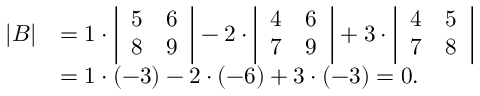
{ \begin{array} { r l } { | B | } & { = 1 \cdot { \left| \begin{array} { l l } { 5 } & { 6 } \\ { 8 } & { 9 } \end{array} \right| } - 2 \cdot { \left| \begin{array} { l l } { 4 } & { 6 } \\ { 7 } & { 9 } \end{array} \right| } + 3 \cdot { \left| \begin{array} { l l } { 4 } & { 5 } \\ { 7 } & { 8 } \end{array} \right| } } \\ & { = 1 \cdot ( - 3 ) - 2 \cdot ( - 6 ) + 3 \cdot ( - 3 ) = 0 . } \end{array} }